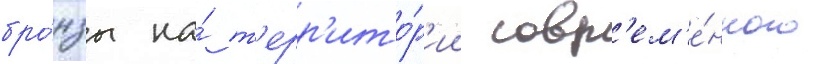
бро́нзы на́ т'ерр'ито́р'ии совр'ем'е́нного